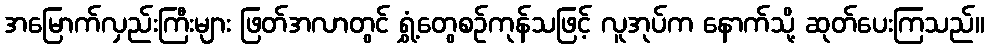
အမြောက်လှည်းကြီးများ ဖြတ်အလာတွင် ရွှံ့တွေစဉ်ကုန်သဖြင့် လူအုပ်က နောက်သို့ ဆုတ်ပေးကြသည်။